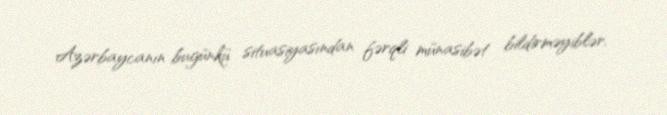
Azərbaycanın bugünkü situasiyasından fərqli münasibət bildirməyiblər.